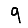
Digit: 9